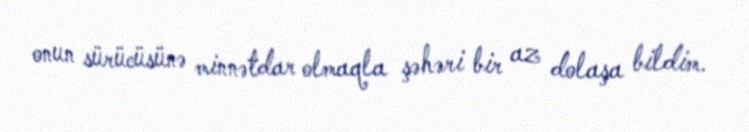
onun sürücüsünə minnətdar olmaqla şəhəri bir az dolaşa bildim.